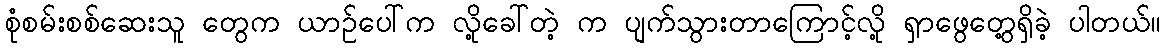
စုံစမ်းစစ်ဆေးသူ တွေက ယာဉ်ပေါ်က လို့ခေါ်တဲ့ က ပျက်သွားတာကြောင့်လို့ ရှာဖွေတွေ့ရှိခဲ့ ပါတယ်။